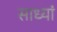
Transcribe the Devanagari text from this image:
साध्यां